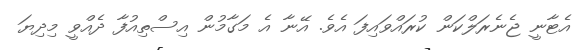
އެޓާނީ ޖެނެރަލްކަން ކުރައްވައިފަ އެވެ. އޭނާ އެ މަގާމުން އިސްތިއުފާ ދެއްވީ މިދިޔަ